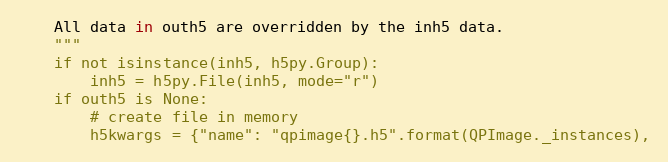
Language: Python
    All data in outh5 are overridden by the inh5 data.
    """
    if not isinstance(inh5, h5py.Group):
        inh5 = h5py.File(inh5, mode="r")
    if outh5 is None:
        # create file in memory
        h5kwargs = {"name": "qpimage{}.h5".format(QPImage._instances),